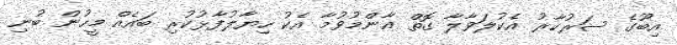
އިބޫގެ ސަރުކާރު އެކުލަވާލާ ގޮތް އާންމުވުމާ އެކު ހިޔާލުފާޅުކުރި ބައެއް މީހުން ބުނި